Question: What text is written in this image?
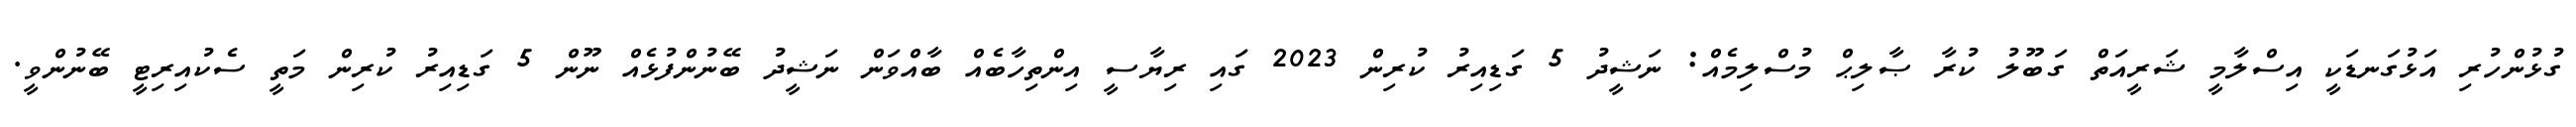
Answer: ގުޅުންހުރި އަޅުގަނޑަކީ އިސްލާމީ ޝަރީއަތް ގަބޫލު ކުރާ ޞާލިޙް މުސްލިމެއް: ނަޝީދު 5 ގަޑިއިރު ކުރިން 2023 ގައި ރިޔާސީ އިންތިހާބެއް ބާއްވަން ނަޝީދު ބޭނުންފުޅެއް ނޫން 5 ގަޑިއިރު ކުރިން މަތީ ސެކުއިރިޓީ ބޭނުންވީ.